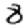
Digit: 8